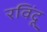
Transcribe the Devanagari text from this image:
रविंदू